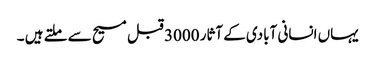
یہاں انسانی آبادی کے آثار 3000 قبل مسیح سے ملتے ہیں ۔